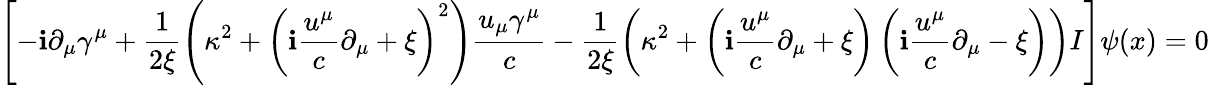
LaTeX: \left[-\mathbf{i}\partial_{\mu}\gamma^{\mu}+\frac{{1}}{{2\xi}}\left(\kappa^{2}+\left(\mathbf{i}\frac{{u^{\mu}}}{{c}}\partial_{\mu}+\xi\right)^{2}\right)\frac{{u_{\mu}\gamma^{\mu}}}{{c}}-\frac{{1}}{{2\xi}}\left(\kappa^{2}+\left(\mathbf{i}\frac{{u^{\mu}}}{{c}}\partial_{\mu}+\xi\right)\left(\mathbf{i}\frac{{u^{\mu}}}{{c}}\partial_{\mu}-\xi\right)\right)I\right]\psi(x)=0